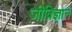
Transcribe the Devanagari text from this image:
जीविज्ञान